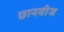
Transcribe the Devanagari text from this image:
छानबीज